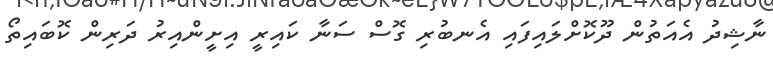
ނާޝިދު އެއަތުން ދޫކޮށްލައިފައި އެނބުރި ގޮސް ސަނާ ކައިރީ އިށީންއިރު ދަރިން ކޮބައިތޯ